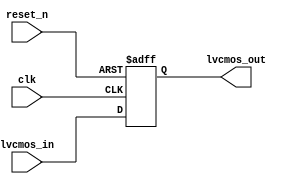
module lvcmos_buffer (
    input wire clk,
    input wire reset_n,
    input wire lvcmos_in,
    output wire lvcmos_out
);

reg lvcmos_out_reg;

always @(posedge clk or negedge reset_n) begin
    if (~reset_n) begin
        lvcmos_out_reg <= 1'b0;
    end else begin
        lvcmos_out_reg <= lvcmos_in;
    end
end

assign lvcmos_out = lvcmos_out_reg;

endmodule